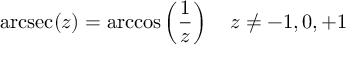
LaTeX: \operatorname { a r c s e c } ( z ) = \operatorname { a r c c o s } \left( { \frac { 1 } { z } } \right) \quad z \neq - 1 , 0 , + 1